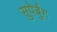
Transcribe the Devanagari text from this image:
सुपेर्बुग